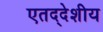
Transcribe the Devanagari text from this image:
एतद्‍देशीय